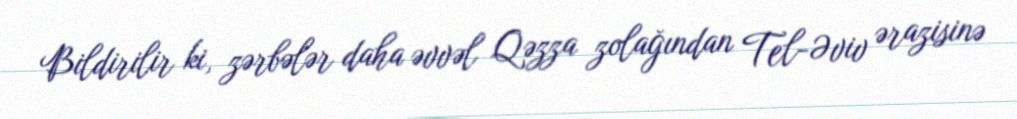
Bildirilir ki, zərbələr daha əvvəl Qəzza zolağından Tel-Əviv ərazisinə